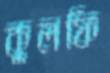
কুলফি